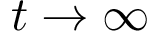
t \to \infty